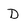
Character: D